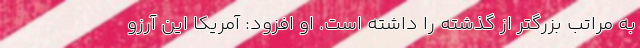
به مراتب بزرگتر از گذشته را داشته‌ است. او افزود: آمریکا این آرزو